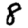
Digit: 8